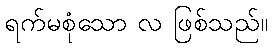
ရက်မစုံသော လ ဖြစ်သည်။